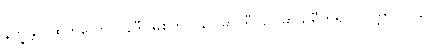
နိက္ခန္တာ၊ ထွက်သော။ (နဒီ၊ မြစ်ကို။) ဂေါဓာဝရီ၊ ဂေါဓာသရီဟူ၍။ (ဝုတ္တာ) ဝိယ